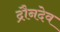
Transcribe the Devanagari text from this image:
द्रौनदेव